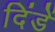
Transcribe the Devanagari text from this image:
दिंडें